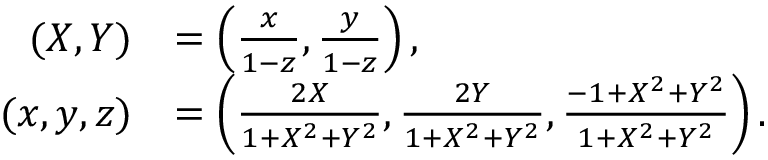
{ \begin{array} { r l } { ( X , Y ) } & { = \left( { \frac { x } { 1 - z } } , { \frac { y } { 1 - z } } \right) , } \\ { ( x , y , z ) } & { = \left( { \frac { 2 X } { 1 + X ^ { 2 } + Y ^ { 2 } } } , { \frac { 2 Y } { 1 + X ^ { 2 } + Y ^ { 2 } } } , { \frac { - 1 + X ^ { 2 } + Y ^ { 2 } } { 1 + X ^ { 2 } + Y ^ { 2 } } } \right) . } \end{array} }